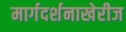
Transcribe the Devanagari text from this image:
मार्गदर्शनाखेरीज